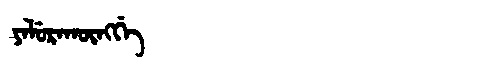
Manchu: ᠶᠠᠯᡠᡵᠠᡴᡡᠩᡤᡝ
Romanization: YALURAKŪNGGE